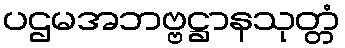
ပဌမအဘဗ္ဗဋ္ဌာနသုတ္တံ